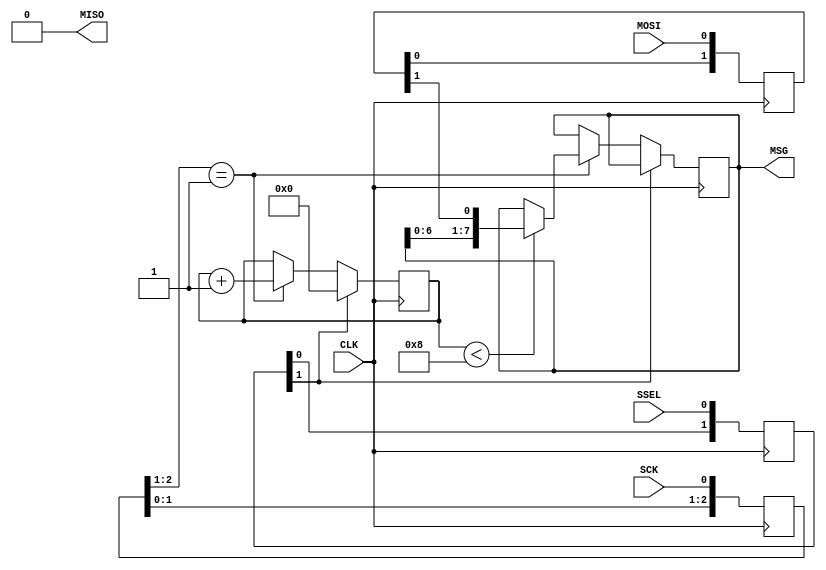
module spi_slave #(parameter msg_len = 8) (CLK, SCK, MOSI, MISO, SSEL, MSG);
input wire CLK; //master project clock (50 mhz)

input wire SCK, SSEL, MOSI;
output wire MISO;
output wire [(msg_len-1):0] MSG;

assign MISO = 0;

// sync SCK to the FPGA clock using a 3-bits shift register
reg [2:0] SCKr; initial SCKr <= 3'd0;
always @(posedge CLK) SCKr <= {SCKr[1:0], SCK};
wire SCK_risingedge = (SCKr[2:1]==2'b01);  // now we can detect SCK rising edges
//wire SCK_fallingedge = (SCKr[2:1]==2'b10);  // and falling edges

// same thing for SSEL
reg [2:0] SSELr; initial SSELr <= 3'd0;
always @(posedge CLK) SSELr <= {SSELr[1:0], SSEL};
wire SSEL_active = ~SSELr[1];  // SSEL is active low
//wire SSEL_startmessage = (SSELr[2:1]==2'b10);  // message starts at falling edge
//wire SSEL_endmessage = (SSELr[2:1]==2'b01);  // message stops at rising edge

// and for MOSI
reg [1:0] MOSIr; initial MOSIr <= 2'd0;
always @(posedge CLK) MOSIr <= {MOSIr[0], MOSI};
wire MOSI_data = MOSIr[1];

// we handle SPI in 8-bits format, so we need a 3 bits counter to count the bits as they come in
reg [$clog2(msg_len+1)-1:0] bitcnt; initial bitcnt <= {($clog2(msg_len+1)-1){1'b0}};

reg is_msg_received; initial is_msg_received <= 0; // high when a message has been received
reg [(msg_len-1):0] msg_data_received; initial msg_data_received <= {(msg_len){1'b0}};

always @(posedge CLK)
begin
  if(~SSEL_active)
    bitcnt <= 3'b000;
  else
  if(SCK_risingedge)
  begin
    bitcnt <= bitcnt + 3'b001;

    // implement a shift-left register (since we receive the data MSB first)
	//if - protect overflow data
	if (bitcnt<msg_len) msg_data_received <= {msg_data_received[6:0], MOSI_data};
  end
end

always @(posedge CLK) is_msg_received <= SSEL_active && SCK_risingedge && (bitcnt==3'b111);

assign MSG = msg_data_received;

endmodule